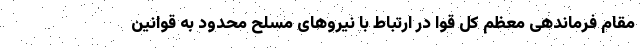
مقام فرماندهی معظم کل قوا در ارتباط با نیروهای مسلح محدود به قوانین